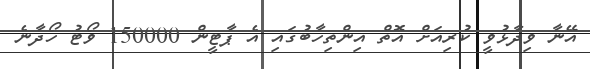
އޭނާ ވިދާޅުވީ ކުރިއަށް އޮތް އިންތިހާބުގައި އެ ޕާޓީން 150000 ވޯޓު ހޯދާނެ